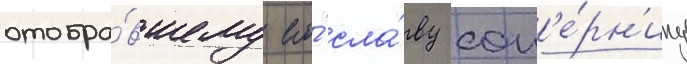
отобра́вшему его́ сла́ву соп'е́рн'ику